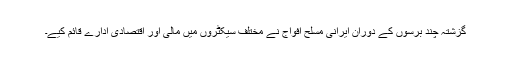
گزشتہ چند برسوں کے دوران ایرانی مسلح افواج نے مختلف سیکٹروں میں مالی اور اقتصادی ادارے قائم کیے۔